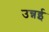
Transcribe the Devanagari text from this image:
उन्नई